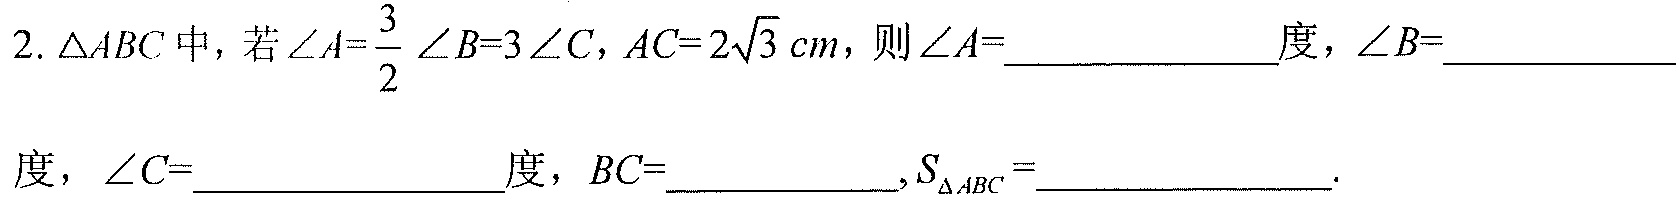
2. \(\triangle ABC\) 中，若 \(\angle A = \frac{3}{2}\angle B = 3\angle C\)，\(AC = 2\sqrt{3}\ cm\)，则 \(\angle A=\)______________度，\(\angle B=\)______________
度，\(\angle C=\)______________度，\(BC=\)___________,\(S_{\triangle ABC}=\)______________.